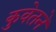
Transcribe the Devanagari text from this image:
कुवेतने